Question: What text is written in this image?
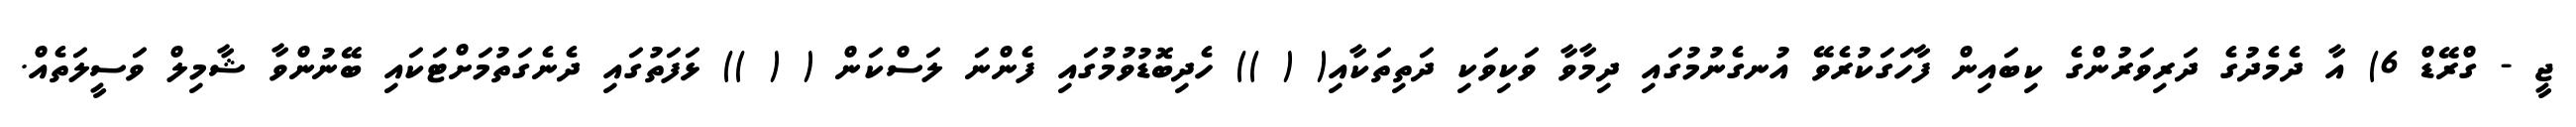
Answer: ޖީ - ގްރޭޑް 6) އާ ދެމެދުގެ ދަރިވަރުންގެ ކިބައިން ފާހަގަކުރެވޭ އުނގެނުމުގައި ދިމާވާ ވަކިވަކި ދަތިތަކާއި( ( )) ހެދިބޮޑުވުމުގައި ފެންނަ ލަސްކަން ( ( )) ޅަފަތުގައި ދެނެގަތުމަށްޓަކައި ބޭނުންވާ ޝާމިލް ވަސީލަތެއް.